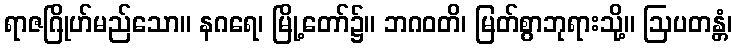
ရာဇဂြိုဟ်မည်သော။ နဂရေ၊ မြို့တော်၌။ ဘဂဝတိ၊ မြတ်စွာဘုရားသို့။ ဩပတန္တံ၊